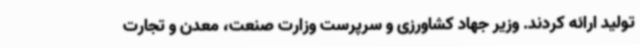
تولید ارائه کردند. وزیر جهاد کشاورزی و سرپرست وزارت صنعت، معدن و تجارت